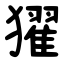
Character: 㺟